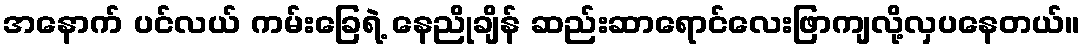
အနောက် ပင်လယ် ကမ်းခြေရဲ့ နေညိုချိန် ဆည်းဆာရောင်လေးဖြာကျလို့လှပနေတယ်။